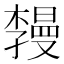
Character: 𪴏